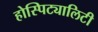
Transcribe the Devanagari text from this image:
होस्पिट्यालिटी